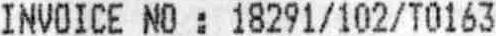
INVOICE NO : 18291/102/T0163